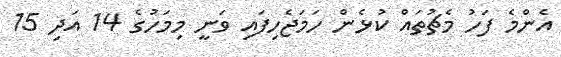
އެންމެ ފަހު މެޗުތައް ކުޅެން ހަމަޖެހިފައި ވަނީ މިމަހުގެ 14 އަދި 15